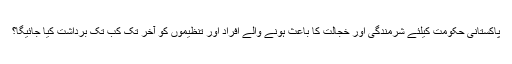
پاکستانی حکومت کیلئے شرمندگی اور خجالت کا باعث ہونے والے افراد اور تنظیموں کو آخر تک کب تک برداشت کیا جائیگا؟